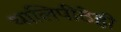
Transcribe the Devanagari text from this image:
थालिपीठेही